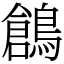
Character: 鶬